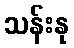
သန်းနု